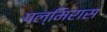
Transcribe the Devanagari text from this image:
पल्मिरास